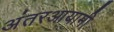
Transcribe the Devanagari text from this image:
अंतरआयामी